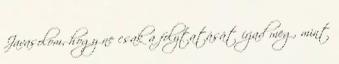
Javasolom, hogy ne csak a folytatását írjad meg, mint